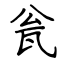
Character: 瓮